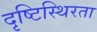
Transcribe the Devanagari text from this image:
दृष्टिस्थिरता